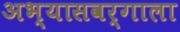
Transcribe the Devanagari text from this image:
अभ्यासवर्गाला